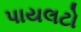
પાયલટો